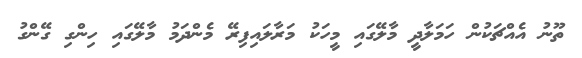
ތޫނު އެއްޗަކުން ހަމަލާދީ މާލޭގައި މީހަކު މަރާލައިފިރޭ މެންދަމު މާލޭގައި ހިންގި ގޭންގު